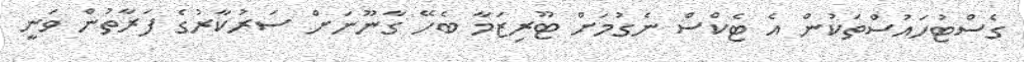
ގެސްޓުހައުސްތަކުން އެ ޓެކްސް ނެގުމަށް ޓޫރިޒަމާ ބެހޭ ގާނޫނަށް ސަރުކާރުގެ ފަރާތުން ވަނީ